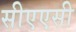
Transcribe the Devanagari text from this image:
सीएएसी